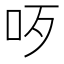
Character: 𠯪